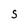
Character: S